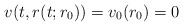
\begin{align*}v(t,r(t;r_{0}))=v_{0}(r_{0})=0\end{align*}